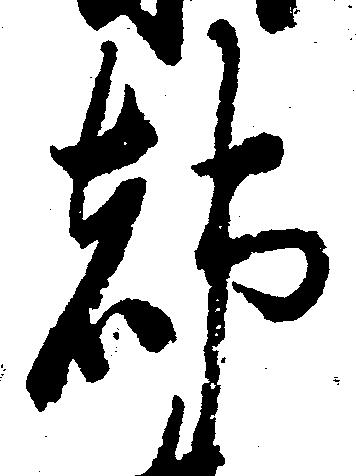
都